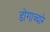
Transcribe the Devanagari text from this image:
डोंगाव्दारे